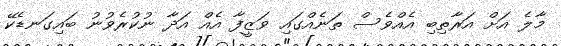
މާލެ އަށް އަރާތިބި އެއްވެސް ތަނެއްގައި ވަޒީފާ އެއް އަދާ ނުކުރެވުނު ބައިގަނޑެކޭ